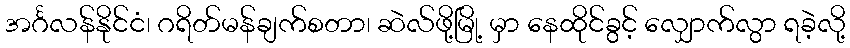
အင်္ဂလန်နိုင်ငံ၊ ဂရိတ်မန်ချက်စတာ၊ ဆဲလ်ဖို့မြို့ မှာ နေထိုင်ခွင့် လျှောက်လွာ ရခဲ့လို့